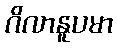
ဂိလာနူပမာ